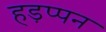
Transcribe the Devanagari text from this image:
हड़प्पन